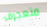
متعجرف